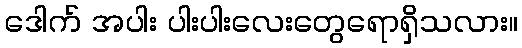
ဒေါက် အပါး ပါးပါးလေးတွေရောရှိသလား။